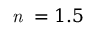
\textit { n } = 1 . 5